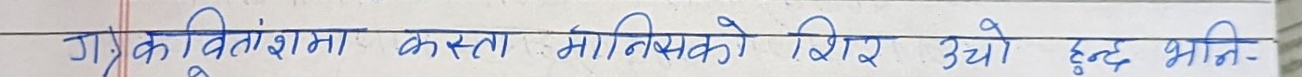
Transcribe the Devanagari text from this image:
ग कवितांशमा कस्ता मानिसको शिर उचो हुन्छ भनि-